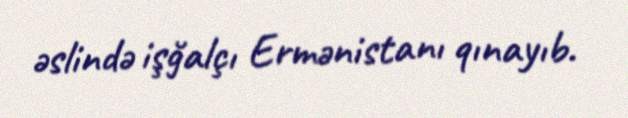
əslində işğalçı Ermənistanı qınayıb.